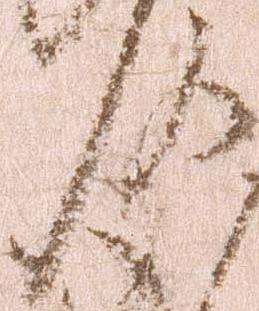
頭